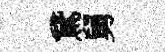
鵞舅